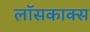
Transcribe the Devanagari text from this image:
लॉसकाक्स